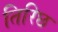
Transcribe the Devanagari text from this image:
तिरिछ